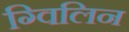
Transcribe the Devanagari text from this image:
ग्विलिन